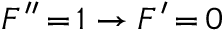
F ^ { \prime \prime } \, { = } \, 1 \rightarrow F ^ { \prime } \, { = } \, 0